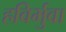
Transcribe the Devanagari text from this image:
हविर्भुवा